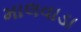
માલવાડા